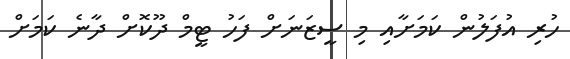
ހުރި އުފަލުން ކަމަށާއި މި ސީޒަނަށް ފަހު ޓީމް ދޫކޮށް ދާނެ ކަމަށް